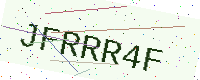
Text: JFRRR4F